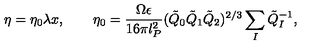
\eta = \eta _ { 0 } \lambda x , \qquad \eta _ { 0 } = \frac { \Omega \epsilon } { 1 6 \pi l _ { P } ^ { 2 } } ( \tilde { Q } _ { 0 } \tilde { Q } _ { 1 } \tilde { Q } _ { 2 } ) ^ { 2 / 3 } \sum _ { I } \tilde { Q } _ { I } ^ { - 1 } ,